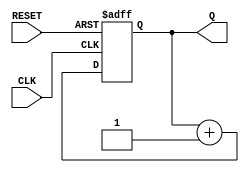
module Counter(CLK, RESET, Q);

	input CLK, RESET;
	output [3:0]Q;
	reg [3:0]Q;
	
	always @(posedge CLK or negedge RESET)
	begin
		if (!RESET) Q <= 0;
		else Q <= Q + 1;
	end
	
endmodule